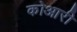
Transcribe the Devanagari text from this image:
कोआरी